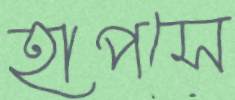
হাপসে